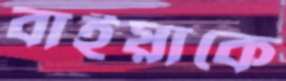
বাইয়াকে